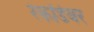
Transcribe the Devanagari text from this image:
रेकॉर्डवर